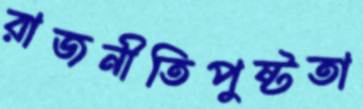
রাজনীতিপুষ্টতা